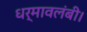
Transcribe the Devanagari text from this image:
धर्मावलंबी।